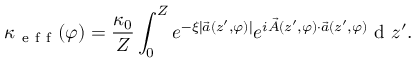
\kappa _ { \mathrm { ~ e ~ f ~ f ~ } } ( \varphi ) = \frac { \kappa _ { 0 } } { Z } \int _ { 0 } ^ { Z } e ^ { - \xi | \vec { a } ( z ^ { \prime } , \varphi ) | } e ^ { i \vec { A } ( z ^ { \prime } , \varphi ) \cdot \vec { a } ( z ^ { \prime } , \varphi ) } \mathrm { ~ d ~ } z ^ { \prime } .